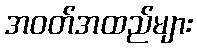
အဝတ်အထည်များ